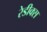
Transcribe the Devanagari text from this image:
रेडीक्स